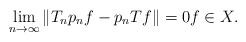
LaTeX: \begin{align*}\lim_{n \to \infty} \|T_n p_n f - p_n T f \| = 0 f \in X.\end{align*}